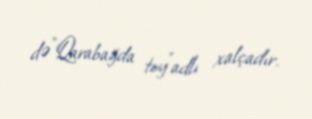
də”Qarabağda toy”adlı xalçadır.